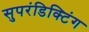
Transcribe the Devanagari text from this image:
सुपरंडिक्टिंग